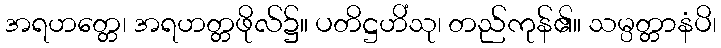
အရဟတ္တေ၊ အရဟတ္တဖိုလ်၌။ ပတိဋ္ဌဟိံသု၊ တည်ကုန်၏။ သမ္ပတ္တာနံပိ၊